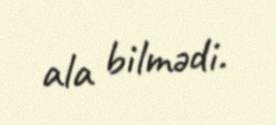
ala bilmədi.